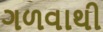
ગળવાથી